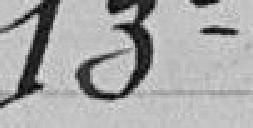
13°